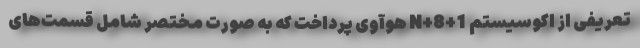
تعریفی از اکوسیستم 1+8+N هوآوی پرداخت که به صورت مختصر شامل قسمت‌های